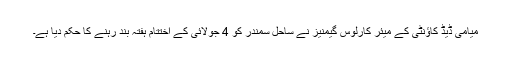
میامی ڈیڈ کاؤنٹی کے میئر کارلوس گیمنیز نے ساحل سمندر کو 4 جولائی کے اختتام ہفتہ بند رہنے کا حکم دیا ہے۔